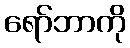
ရော်ဘာကို